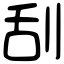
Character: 刮